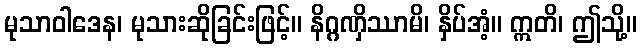
မုသာဝါဒေန၊ မုသားဆိုခြင်းဖြင့်။ နိဂ္ဂဏှိဿာမိ၊ နှိပ်အံ့။ ဣတိ၊ ဤသို့။